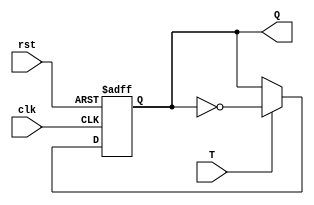
module FFT(clk, rst, T, Q);
	input clk, rst, T; 
	output reg Q;  
  
  always @ (posedge clk or posedge rst) 
   
    if (rst)  
      Q = 1;  
    else if (T)  
      Q = ~Q;  
    else  
      Q = Q;  
   
  
endmodule